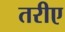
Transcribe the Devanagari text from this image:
तरीए